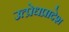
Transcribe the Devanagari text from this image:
उत्प्रेधप्रादेश